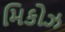
મિકોઝ